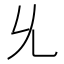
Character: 𠃔